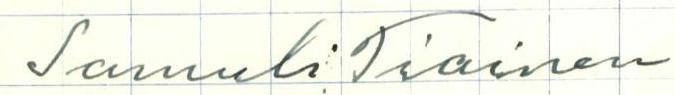
Samuli Tiainen